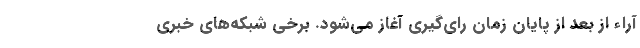
آراء از بعد از پایان زمان رای‌گیری آغاز می‌شود. برخی شبکه‌های خبری